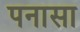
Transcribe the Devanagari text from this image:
पनासा